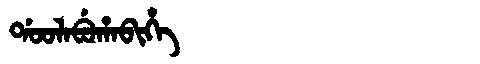
Manchu: ᡩᠣᠣᠯᠠᠪᡠᡥᠠᠪᡳᡥᡝ
Romanization: DOOLABUHABIHE